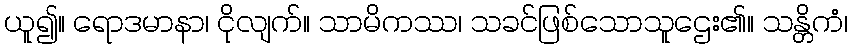
ယူ၍။ ရောဒမာနာ၊ ငိုလျက်။ သာမိကဿ၊ သခင်ဖြစ်သောသူဌေး၏။ သန္တိကံ၊